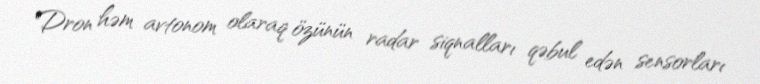
Dron həm avtonom olaraq özünün radar siqnalları qəbul edən sensorları